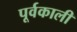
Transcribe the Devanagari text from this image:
पूर्वकाली